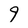
Character: 9